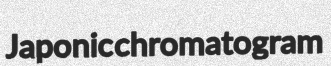
Japonic chromatogram